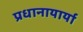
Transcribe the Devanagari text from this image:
प्रधानायार्या